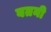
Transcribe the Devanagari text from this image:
बतनी